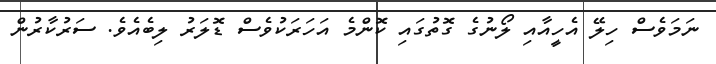
ނަމަވެސް ހިލޭ އެހީއާއި ލޯނުގެ ގޮތުގައި ކޮންމެ އަހަރަކުވެސް ޑޮލަރު ލިބެއެވެ. ސަރުކާރުން